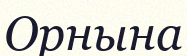
Орнына